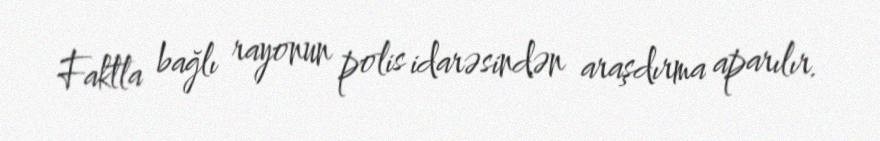
Faktla bağlı rayonun polis idarəsindən araşdırma aparılır.